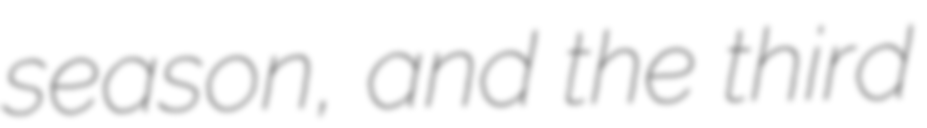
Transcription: season, and the third